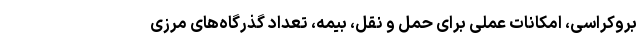
بروکراسی، امکانات عملی برای حمل و نقل، بیمه، تعداد گذرگاه‌های مرزی